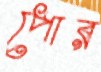
পোর